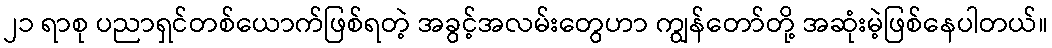
၂၁ ရာစု ပညာရှင်တစ်ယောက်ဖြစ်ရတဲ့ အခွင့်အလမ်းတွေဟာ ကျွန်တော်တို့ အဆုံးမဲ့ဖြစ်နေပါတယ်။